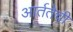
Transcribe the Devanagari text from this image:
आर्ततेची